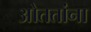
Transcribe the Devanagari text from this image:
ओततांना